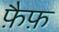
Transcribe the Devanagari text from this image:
फ़ैफ़